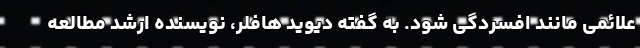
علائمی مانند افسردگی شود. به گفته دیوید هافلر، نویسنده ارشد مطالعه